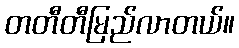
တတီတီမြည်လာတယ်။